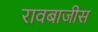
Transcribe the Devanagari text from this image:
रावबाजीस